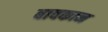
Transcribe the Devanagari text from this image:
बावकान